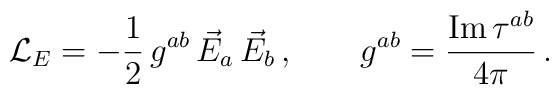
{\cal L}_E=-\frac{1}{2}\, g^{ab}\,\vec E_a\,\vec E_b\,,\qquad g^{ab}=\frac{{\rm Im}\,\tau^{ab}}{4\pi}\,.